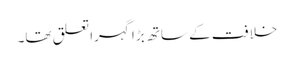
خلافت کے ساتھ بڑا گہرا تعلق تھا۔